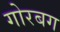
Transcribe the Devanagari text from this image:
गोरबग